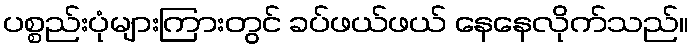
ပစ္စည်းပုံများကြားတွင် ခပ်ဖယ်ဖယ် နေနေလိုက်သည်။